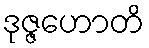
ဒုဇ္ဇဟောတိ